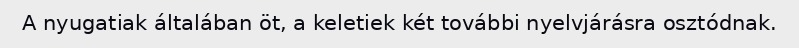
A nyugatiak általában öt, a keletiek két további nyelvjárásra osztódnak.